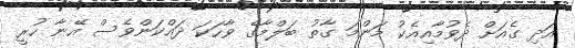
އަދި ގެއަށް ދެވުމާއިއެކު މަންމަ ގާތު ބަލްމާގެ ވާހަކަ ދައްކަންވެސް އޭނާ ހުރީ